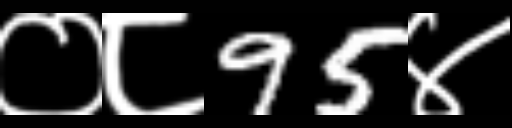
Text: ०८95४